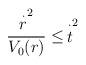
LaTeX: \begin{align*}\frac{\stackrel{\cdot }{r}^{2}}{V_{0}(r)}\leq \,\stackrel{\cdot }{t}^{2}\end{align*}